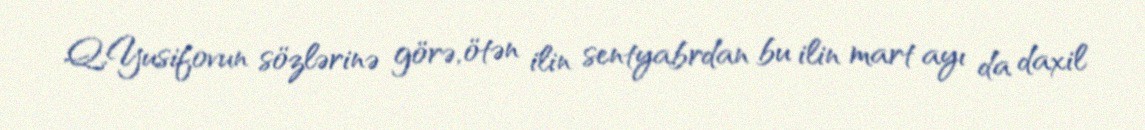
Q.Yusifovun sözlərinə görə, ötən ilin sentyabrdan bu ilin mart ayı da daxil